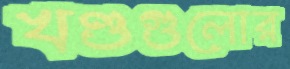
খণ্ডগুলোর